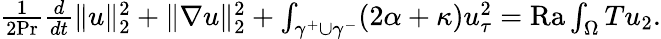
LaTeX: \begin{array}{r}{\frac{1}{2\mathrm{{Pr}}}\frac{d}{dt}\| u\| _{2}^{2}+\| \nabla u\| _{2}^{2}+\int_{\gamma^{+}\cup\gamma^{-}}(2\alpha+\kappa)u_{\tau}^{2}=\mathrm{{Ra}}\int_{\Omega}Tu_{2}.}\end{array}